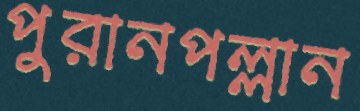
পুরানপল্লান